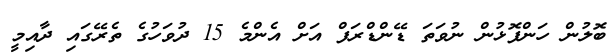
ބޮލުން ހަންފޮޅުން ނުވަތަ ޑޭންޑްރަފް އަށް އެންމެ 15 ދުވަހުގެ ތެރޭގައި ދާއިމީ